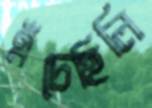
এঁচেছিলি